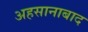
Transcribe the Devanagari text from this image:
अहसानाबाद